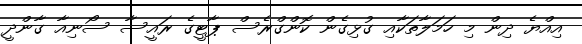
އިއްޔެ ދިން މި ހަމަލާތަކާއި ގުޅިގެން ކޮންގްރެސް ޕާޓީގެ ރައީސާ ސޯނިއާ ގާންދީ